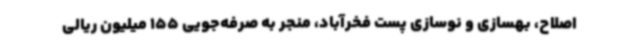
اصلاح، بهسازی و نوسازی پست فخرآباد، منجر به صرفه‌جویی 155 میلیون ریالی